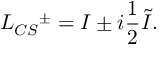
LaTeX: L _ { C S } { ^ { \pm } } = I \pm i { \frac { 1 } { 2 } } \tilde { I } .